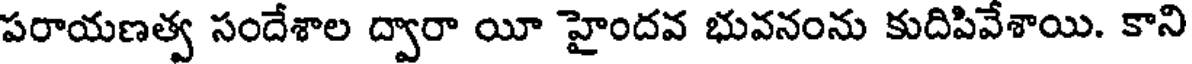
పరాయణత్వ సందేశాల ద్వారా యీ హైందవ భువనంను కుదిపివేశాయి. కాని